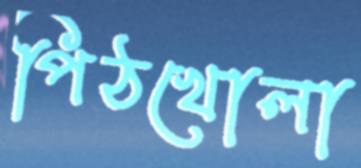
পিঠখোলা